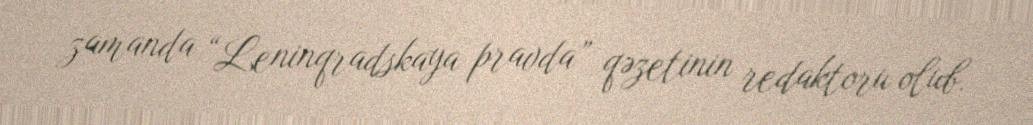
zamanda “Leninqradskaya pravda” qəzetinin redaktoru olub.